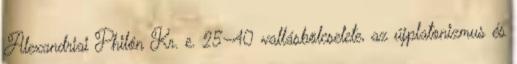
Alexandriai Philón Kr. e. 25–40 vallásbölcselete, az újplatonizmus és